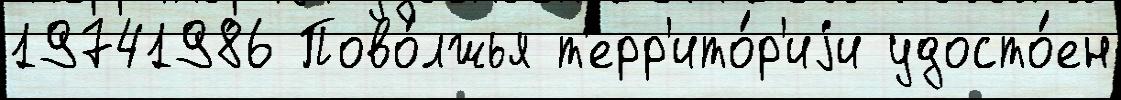
19741986 Пово́лжья т'ерр'ито́р'иjи удосто́ен